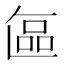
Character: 𭉘